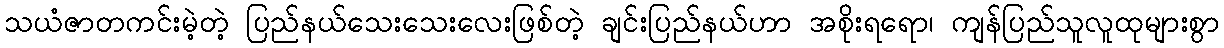
သယံဇာတကင်းမဲ့တဲ့ ပြည်နယ်သေးသေးလေးဖြစ်တဲ့ ချင်းပြည်နယ်ဟာ အစိုးရရော၊ ကျန်ပြည်သူလူထုများစွာ